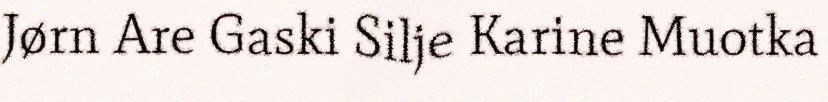
Jørn Are Gaski Silje Karine Muotka